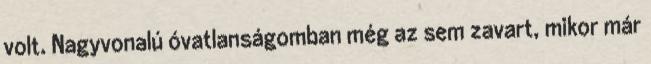
volt. Nagyvonalú ó­vatlanságomban még az sem zavart, mikor már